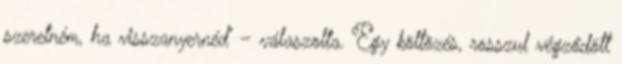
szeretném, ha visszanyernéd” – válaszolta. Egy költözés, rosszul végződött